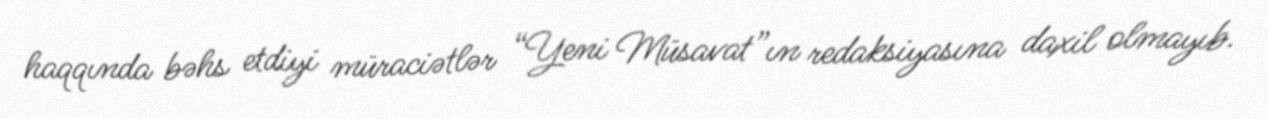
haqqında bəhs etdiyi müraciətlər “Yeni Müsavat”ın redaksiyasına daxil olmayıb.